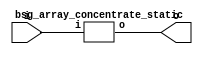


module top
(
  i,
  o
);

  input [1023:0] i;
  output [511:0] o;

  bsg_array_concentrate_static
  wrapper
  (
    .i(i),
    .o(o)
  );


endmodule



module bsg_array_concentrate_static
(
  i,
  o
);

  input [1023:0] i;
  output [511:0] o;
  wire [511:0] o;
  assign o[511] = i[511];
  assign o[510] = i[510];
  assign o[509] = i[509];
  assign o[508] = i[508];
  assign o[507] = i[507];
  assign o[506] = i[506];
  assign o[505] = i[505];
  assign o[504] = i[504];
  assign o[503] = i[503];
  assign o[502] = i[502];
  assign o[501] = i[501];
  assign o[500] = i[500];
  assign o[499] = i[499];
  assign o[498] = i[498];
  assign o[497] = i[497];
  assign o[496] = i[496];
  assign o[495] = i[495];
  assign o[494] = i[494];
  assign o[493] = i[493];
  assign o[492] = i[492];
  assign o[491] = i[491];
  assign o[490] = i[490];
  assign o[489] = i[489];
  assign o[488] = i[488];
  assign o[487] = i[487];
  assign o[486] = i[486];
  assign o[485] = i[485];
  assign o[484] = i[484];
  assign o[483] = i[483];
  assign o[482] = i[482];
  assign o[481] = i[481];
  assign o[480] = i[480];
  assign o[479] = i[479];
  assign o[478] = i[478];
  assign o[477] = i[477];
  assign o[476] = i[476];
  assign o[475] = i[475];
  assign o[474] = i[474];
  assign o[473] = i[473];
  assign o[472] = i[472];
  assign o[471] = i[471];
  assign o[470] = i[470];
  assign o[469] = i[469];
  assign o[468] = i[468];
  assign o[467] = i[467];
  assign o[466] = i[466];
  assign o[465] = i[465];
  assign o[464] = i[464];
  assign o[463] = i[463];
  assign o[462] = i[462];
  assign o[461] = i[461];
  assign o[460] = i[460];
  assign o[459] = i[459];
  assign o[458] = i[458];
  assign o[457] = i[457];
  assign o[456] = i[456];
  assign o[455] = i[455];
  assign o[454] = i[454];
  assign o[453] = i[453];
  assign o[452] = i[452];
  assign o[451] = i[451];
  assign o[450] = i[450];
  assign o[449] = i[449];
  assign o[448] = i[448];
  assign o[447] = i[447];
  assign o[446] = i[446];
  assign o[445] = i[445];
  assign o[444] = i[444];
  assign o[443] = i[443];
  assign o[442] = i[442];
  assign o[441] = i[441];
  assign o[440] = i[440];
  assign o[439] = i[439];
  assign o[438] = i[438];
  assign o[437] = i[437];
  assign o[436] = i[436];
  assign o[435] = i[435];
  assign o[434] = i[434];
  assign o[433] = i[433];
  assign o[432] = i[432];
  assign o[431] = i[431];
  assign o[430] = i[430];
  assign o[429] = i[429];
  assign o[428] = i[428];
  assign o[427] = i[427];
  assign o[426] = i[426];
  assign o[425] = i[425];
  assign o[424] = i[424];
  assign o[423] = i[423];
  assign o[422] = i[422];
  assign o[421] = i[421];
  assign o[420] = i[420];
  assign o[419] = i[419];
  assign o[418] = i[418];
  assign o[417] = i[417];
  assign o[416] = i[416];
  assign o[415] = i[415];
  assign o[414] = i[414];
  assign o[413] = i[413];
  assign o[412] = i[412];
  assign o[411] = i[411];
  assign o[410] = i[410];
  assign o[409] = i[409];
  assign o[408] = i[408];
  assign o[407] = i[407];
  assign o[406] = i[406];
  assign o[405] = i[405];
  assign o[404] = i[404];
  assign o[403] = i[403];
  assign o[402] = i[402];
  assign o[401] = i[401];
  assign o[400] = i[400];
  assign o[399] = i[399];
  assign o[398] = i[398];
  assign o[397] = i[397];
  assign o[396] = i[396];
  assign o[395] = i[395];
  assign o[394] = i[394];
  assign o[393] = i[393];
  assign o[392] = i[392];
  assign o[391] = i[391];
  assign o[390] = i[390];
  assign o[389] = i[389];
  assign o[388] = i[388];
  assign o[387] = i[387];
  assign o[386] = i[386];
  assign o[385] = i[385];
  assign o[384] = i[384];
  assign o[383] = i[383];
  assign o[382] = i[382];
  assign o[381] = i[381];
  assign o[380] = i[380];
  assign o[379] = i[379];
  assign o[378] = i[378];
  assign o[377] = i[377];
  assign o[376] = i[376];
  assign o[375] = i[375];
  assign o[374] = i[374];
  assign o[373] = i[373];
  assign o[372] = i[372];
  assign o[371] = i[371];
  assign o[370] = i[370];
  assign o[369] = i[369];
  assign o[368] = i[368];
  assign o[367] = i[367];
  assign o[366] = i[366];
  assign o[365] = i[365];
  assign o[364] = i[364];
  assign o[363] = i[363];
  assign o[362] = i[362];
  assign o[361] = i[361];
  assign o[360] = i[360];
  assign o[359] = i[359];
  assign o[358] = i[358];
  assign o[357] = i[357];
  assign o[356] = i[356];
  assign o[355] = i[355];
  assign o[354] = i[354];
  assign o[353] = i[353];
  assign o[352] = i[352];
  assign o[351] = i[351];
  assign o[350] = i[350];
  assign o[349] = i[349];
  assign o[348] = i[348];
  assign o[347] = i[347];
  assign o[346] = i[346];
  assign o[345] = i[345];
  assign o[344] = i[344];
  assign o[343] = i[343];
  assign o[342] = i[342];
  assign o[341] = i[341];
  assign o[340] = i[340];
  assign o[339] = i[339];
  assign o[338] = i[338];
  assign o[337] = i[337];
  assign o[336] = i[336];
  assign o[335] = i[335];
  assign o[334] = i[334];
  assign o[333] = i[333];
  assign o[332] = i[332];
  assign o[331] = i[331];
  assign o[330] = i[330];
  assign o[329] = i[329];
  assign o[328] = i[328];
  assign o[327] = i[327];
  assign o[326] = i[326];
  assign o[325] = i[325];
  assign o[324] = i[324];
  assign o[323] = i[323];
  assign o[322] = i[322];
  assign o[321] = i[321];
  assign o[320] = i[320];
  assign o[319] = i[319];
  assign o[318] = i[318];
  assign o[317] = i[317];
  assign o[316] = i[316];
  assign o[315] = i[315];
  assign o[314] = i[314];
  assign o[313] = i[313];
  assign o[312] = i[312];
  assign o[311] = i[311];
  assign o[310] = i[310];
  assign o[309] = i[309];
  assign o[308] = i[308];
  assign o[307] = i[307];
  assign o[306] = i[306];
  assign o[305] = i[305];
  assign o[304] = i[304];
  assign o[303] = i[303];
  assign o[302] = i[302];
  assign o[301] = i[301];
  assign o[300] = i[300];
  assign o[299] = i[299];
  assign o[298] = i[298];
  assign o[297] = i[297];
  assign o[296] = i[296];
  assign o[295] = i[295];
  assign o[294] = i[294];
  assign o[293] = i[293];
  assign o[292] = i[292];
  assign o[291] = i[291];
  assign o[290] = i[290];
  assign o[289] = i[289];
  assign o[288] = i[288];
  assign o[287] = i[287];
  assign o[286] = i[286];
  assign o[285] = i[285];
  assign o[284] = i[284];
  assign o[283] = i[283];
  assign o[282] = i[282];
  assign o[281] = i[281];
  assign o[280] = i[280];
  assign o[279] = i[279];
  assign o[278] = i[278];
  assign o[277] = i[277];
  assign o[276] = i[276];
  assign o[275] = i[275];
  assign o[274] = i[274];
  assign o[273] = i[273];
  assign o[272] = i[272];
  assign o[271] = i[271];
  assign o[270] = i[270];
  assign o[269] = i[269];
  assign o[268] = i[268];
  assign o[267] = i[267];
  assign o[266] = i[266];
  assign o[265] = i[265];
  assign o[264] = i[264];
  assign o[263] = i[263];
  assign o[262] = i[262];
  assign o[261] = i[261];
  assign o[260] = i[260];
  assign o[259] = i[259];
  assign o[258] = i[258];
  assign o[257] = i[257];
  assign o[256] = i[256];
  assign o[255] = i[255];
  assign o[254] = i[254];
  assign o[253] = i[253];
  assign o[252] = i[252];
  assign o[251] = i[251];
  assign o[250] = i[250];
  assign o[249] = i[249];
  assign o[248] = i[248];
  assign o[247] = i[247];
  assign o[246] = i[246];
  assign o[245] = i[245];
  assign o[244] = i[244];
  assign o[243] = i[243];
  assign o[242] = i[242];
  assign o[241] = i[241];
  assign o[240] = i[240];
  assign o[239] = i[239];
  assign o[238] = i[238];
  assign o[237] = i[237];
  assign o[236] = i[236];
  assign o[235] = i[235];
  assign o[234] = i[234];
  assign o[233] = i[233];
  assign o[232] = i[232];
  assign o[231] = i[231];
  assign o[230] = i[230];
  assign o[229] = i[229];
  assign o[228] = i[228];
  assign o[227] = i[227];
  assign o[226] = i[226];
  assign o[225] = i[225];
  assign o[224] = i[224];
  assign o[223] = i[223];
  assign o[222] = i[222];
  assign o[221] = i[221];
  assign o[220] = i[220];
  assign o[219] = i[219];
  assign o[218] = i[218];
  assign o[217] = i[217];
  assign o[216] = i[216];
  assign o[215] = i[215];
  assign o[214] = i[214];
  assign o[213] = i[213];
  assign o[212] = i[212];
  assign o[211] = i[211];
  assign o[210] = i[210];
  assign o[209] = i[209];
  assign o[208] = i[208];
  assign o[207] = i[207];
  assign o[206] = i[206];
  assign o[205] = i[205];
  assign o[204] = i[204];
  assign o[203] = i[203];
  assign o[202] = i[202];
  assign o[201] = i[201];
  assign o[200] = i[200];
  assign o[199] = i[199];
  assign o[198] = i[198];
  assign o[197] = i[197];
  assign o[196] = i[196];
  assign o[195] = i[195];
  assign o[194] = i[194];
  assign o[193] = i[193];
  assign o[192] = i[192];
  assign o[191] = i[191];
  assign o[190] = i[190];
  assign o[189] = i[189];
  assign o[188] = i[188];
  assign o[187] = i[187];
  assign o[186] = i[186];
  assign o[185] = i[185];
  assign o[184] = i[184];
  assign o[183] = i[183];
  assign o[182] = i[182];
  assign o[181] = i[181];
  assign o[180] = i[180];
  assign o[179] = i[179];
  assign o[178] = i[178];
  assign o[177] = i[177];
  assign o[176] = i[176];
  assign o[175] = i[175];
  assign o[174] = i[174];
  assign o[173] = i[173];
  assign o[172] = i[172];
  assign o[171] = i[171];
  assign o[170] = i[170];
  assign o[169] = i[169];
  assign o[168] = i[168];
  assign o[167] = i[167];
  assign o[166] = i[166];
  assign o[165] = i[165];
  assign o[164] = i[164];
  assign o[163] = i[163];
  assign o[162] = i[162];
  assign o[161] = i[161];
  assign o[160] = i[160];
  assign o[159] = i[159];
  assign o[158] = i[158];
  assign o[157] = i[157];
  assign o[156] = i[156];
  assign o[155] = i[155];
  assign o[154] = i[154];
  assign o[153] = i[153];
  assign o[152] = i[152];
  assign o[151] = i[151];
  assign o[150] = i[150];
  assign o[149] = i[149];
  assign o[148] = i[148];
  assign o[147] = i[147];
  assign o[146] = i[146];
  assign o[145] = i[145];
  assign o[144] = i[144];
  assign o[143] = i[143];
  assign o[142] = i[142];
  assign o[141] = i[141];
  assign o[140] = i[140];
  assign o[139] = i[139];
  assign o[138] = i[138];
  assign o[137] = i[137];
  assign o[136] = i[136];
  assign o[135] = i[135];
  assign o[134] = i[134];
  assign o[133] = i[133];
  assign o[132] = i[132];
  assign o[131] = i[131];
  assign o[130] = i[130];
  assign o[129] = i[129];
  assign o[128] = i[128];
  assign o[127] = i[127];
  assign o[126] = i[126];
  assign o[125] = i[125];
  assign o[124] = i[124];
  assign o[123] = i[123];
  assign o[122] = i[122];
  assign o[121] = i[121];
  assign o[120] = i[120];
  assign o[119] = i[119];
  assign o[118] = i[118];
  assign o[117] = i[117];
  assign o[116] = i[116];
  assign o[115] = i[115];
  assign o[114] = i[114];
  assign o[113] = i[113];
  assign o[112] = i[112];
  assign o[111] = i[111];
  assign o[110] = i[110];
  assign o[109] = i[109];
  assign o[108] = i[108];
  assign o[107] = i[107];
  assign o[106] = i[106];
  assign o[105] = i[105];
  assign o[104] = i[104];
  assign o[103] = i[103];
  assign o[102] = i[102];
  assign o[101] = i[101];
  assign o[100] = i[100];
  assign o[99] = i[99];
  assign o[98] = i[98];
  assign o[97] = i[97];
  assign o[96] = i[96];
  assign o[95] = i[95];
  assign o[94] = i[94];
  assign o[93] = i[93];
  assign o[92] = i[92];
  assign o[91] = i[91];
  assign o[90] = i[90];
  assign o[89] = i[89];
  assign o[88] = i[88];
  assign o[87] = i[87];
  assign o[86] = i[86];
  assign o[85] = i[85];
  assign o[84] = i[84];
  assign o[83] = i[83];
  assign o[82] = i[82];
  assign o[81] = i[81];
  assign o[80] = i[80];
  assign o[79] = i[79];
  assign o[78] = i[78];
  assign o[77] = i[77];
  assign o[76] = i[76];
  assign o[75] = i[75];
  assign o[74] = i[74];
  assign o[73] = i[73];
  assign o[72] = i[72];
  assign o[71] = i[71];
  assign o[70] = i[70];
  assign o[69] = i[69];
  assign o[68] = i[68];
  assign o[67] = i[67];
  assign o[66] = i[66];
  assign o[65] = i[65];
  assign o[64] = i[64];
  assign o[63] = i[63];
  assign o[62] = i[62];
  assign o[61] = i[61];
  assign o[60] = i[60];
  assign o[59] = i[59];
  assign o[58] = i[58];
  assign o[57] = i[57];
  assign o[56] = i[56];
  assign o[55] = i[55];
  assign o[54] = i[54];
  assign o[53] = i[53];
  assign o[52] = i[52];
  assign o[51] = i[51];
  assign o[50] = i[50];
  assign o[49] = i[49];
  assign o[48] = i[48];
  assign o[47] = i[47];
  assign o[46] = i[46];
  assign o[45] = i[45];
  assign o[44] = i[44];
  assign o[43] = i[43];
  assign o[42] = i[42];
  assign o[41] = i[41];
  assign o[40] = i[40];
  assign o[39] = i[39];
  assign o[38] = i[38];
  assign o[37] = i[37];
  assign o[36] = i[36];
  assign o[35] = i[35];
  assign o[34] = i[34];
  assign o[33] = i[33];
  assign o[32] = i[32];
  assign o[31] = i[31];
  assign o[30] = i[30];
  assign o[29] = i[29];
  assign o[28] = i[28];
  assign o[27] = i[27];
  assign o[26] = i[26];
  assign o[25] = i[25];
  assign o[24] = i[24];
  assign o[23] = i[23];
  assign o[22] = i[22];
  assign o[21] = i[21];
  assign o[20] = i[20];
  assign o[19] = i[19];
  assign o[18] = i[18];
  assign o[17] = i[17];
  assign o[16] = i[16];
  assign o[15] = i[15];
  assign o[14] = i[14];
  assign o[13] = i[13];
  assign o[12] = i[12];
  assign o[11] = i[11];
  assign o[10] = i[10];
  assign o[9] = i[9];
  assign o[8] = i[8];
  assign o[7] = i[7];
  assign o[6] = i[6];
  assign o[5] = i[5];
  assign o[4] = i[4];
  assign o[3] = i[3];
  assign o[2] = i[2];
  assign o[1] = i[1];
  assign o[0] = i[0];

endmodule